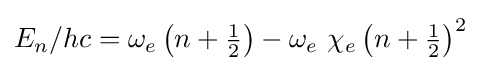
E_{n}/hc=\omega _{e}\left(n+{\tfrac {1}{2}}\right)-\omega _{e}\ \chi _{e}\left(n+{\tfrac {1}{2}}\right)^{2}\